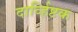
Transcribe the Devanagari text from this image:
दार्व्हिष्टक